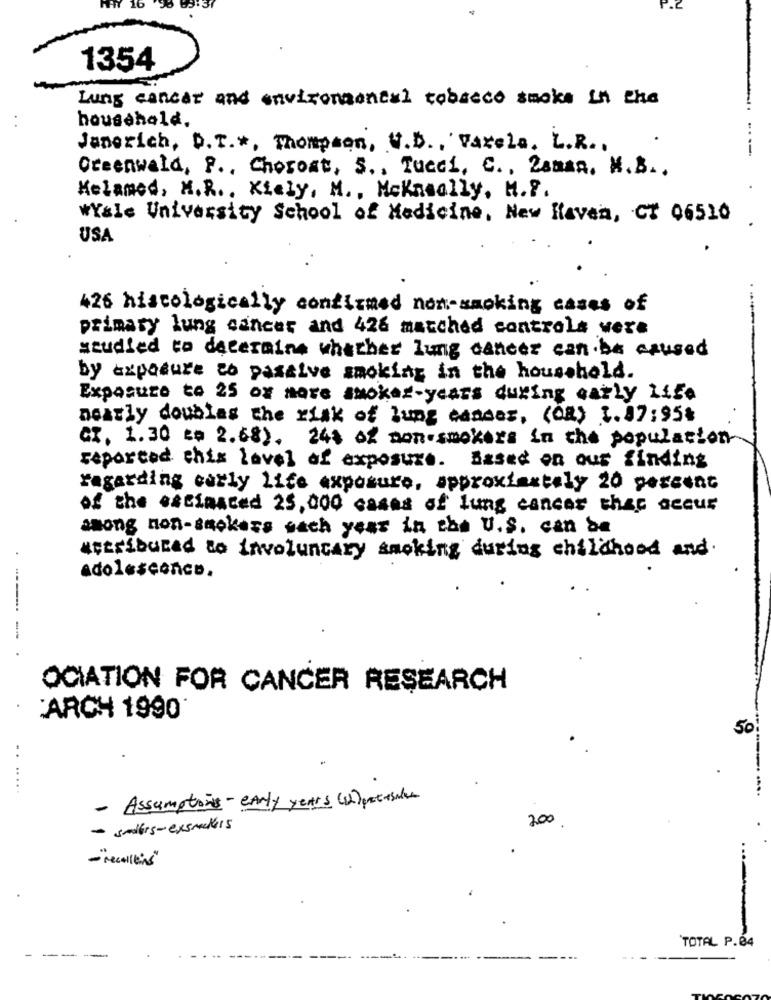
P.2
1354
Lung cancer and environmental tobacco smoke in the
household.
Janerich, D.T .*, Thompson, U.D ., Varela. L.R .,
Greenwald, P ., Choroat, S ., Tucci, C ., Zanaa. M.B ..
Kelamed, M.R ., Kiely, M. , Mckneally, H. P.
WYale University School of Medicine, New Haven, CT 96510
USA
426 histologically confirmed non-smoking cases of
primary lung cancer and 426 matched controls were
studied to determine whether lung cancer can be caused
by exposure to passive smoking in the household.
Exposure to 25 or more smoker-years during early Life
nearly doubles the risk of lung cancer, (CR) 1.07:95%
cx, 1.30 to 2.68). 24% of non-smokers in the population
reported this level of exposure. Based on our finding
Yagarding carly lice exposure, approximately 20 percent
of the excianced 25,000 cases of lung cancer that occur
among non-smokers each year in the U.S. can be
attributed to involuntary smoking during childhood and.
adolescence.
-----
OCIATION FOR CANCER RESEARCH
ARCH 1990
50
....
.. .....
- Assumptions - early years ()pecesles
200
- selers- exsmakers
- "recalling"
TOTAL P.04
- ----